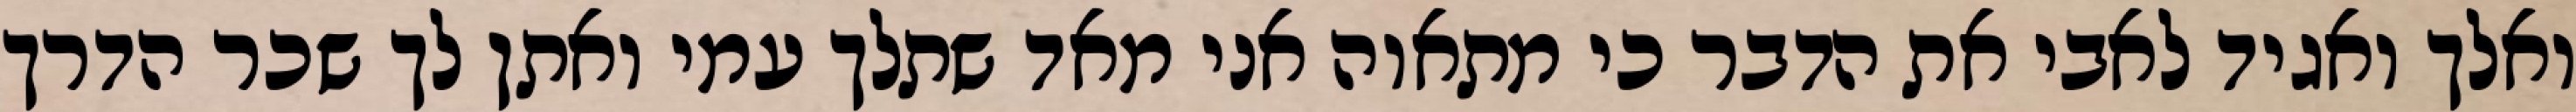
ואלך ואגיד לאבי את הדבר כי מתאוה אני מאד שתלך עמי ואתן לך שכר הדרך